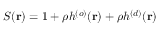
S ( { \bf r } ) = 1 + \rho h ^ { ( o ) } ( { \bf r } ) + \rho h ^ { ( d ) } ( { \bf r } )